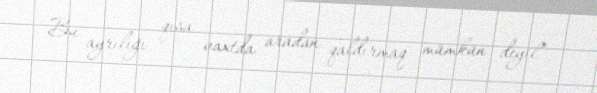
Bu ayrılığı qısa vaxtda aradan qaldırmaq mümkün deyil”.